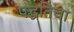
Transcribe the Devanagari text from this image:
पद्धतिचा